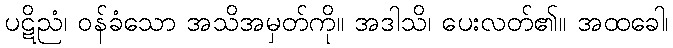
ပဋိညံ၊ ဝန်ခံသော အသိအမှတ်ကို။ အဒါသိ၊ ပေးလတ်၏။ အထခေါ၊